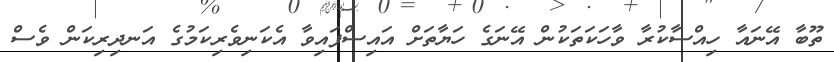
ތޫބާ އޭނައާ ހިއްސާކުރާ ވާހަކަތަކުން އޭނަގެ ހަޔާތަށް އައިސްފައިވާ އެކަނިވެރިކަމުގެ އަނދިރިކަން ވެސް